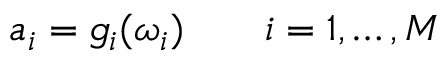
a _ { i } = g _ { i } ( \omega _ { i } ) \qquad i = 1 , \ldots , M